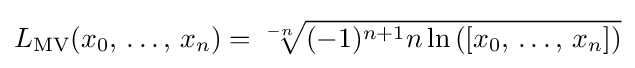
L_{\text{MV}}(x_{0},\,\dots ,\,x_{n})={\sqrt[{-n}]{(-1)^{n+1}n\ln \left(\left[x_{0},\,\dots ,\,x_{n}\right]\right)}}